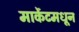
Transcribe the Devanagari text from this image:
मार्केटमधून